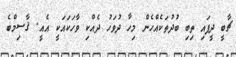
ޗާބީ ދީފައި ތިބި ބުދުތަކެއްހެން މިހާ ދުވަހު ދެއްކި ވާހަކައަކީ އެއީ. ޤާސިމްބެ